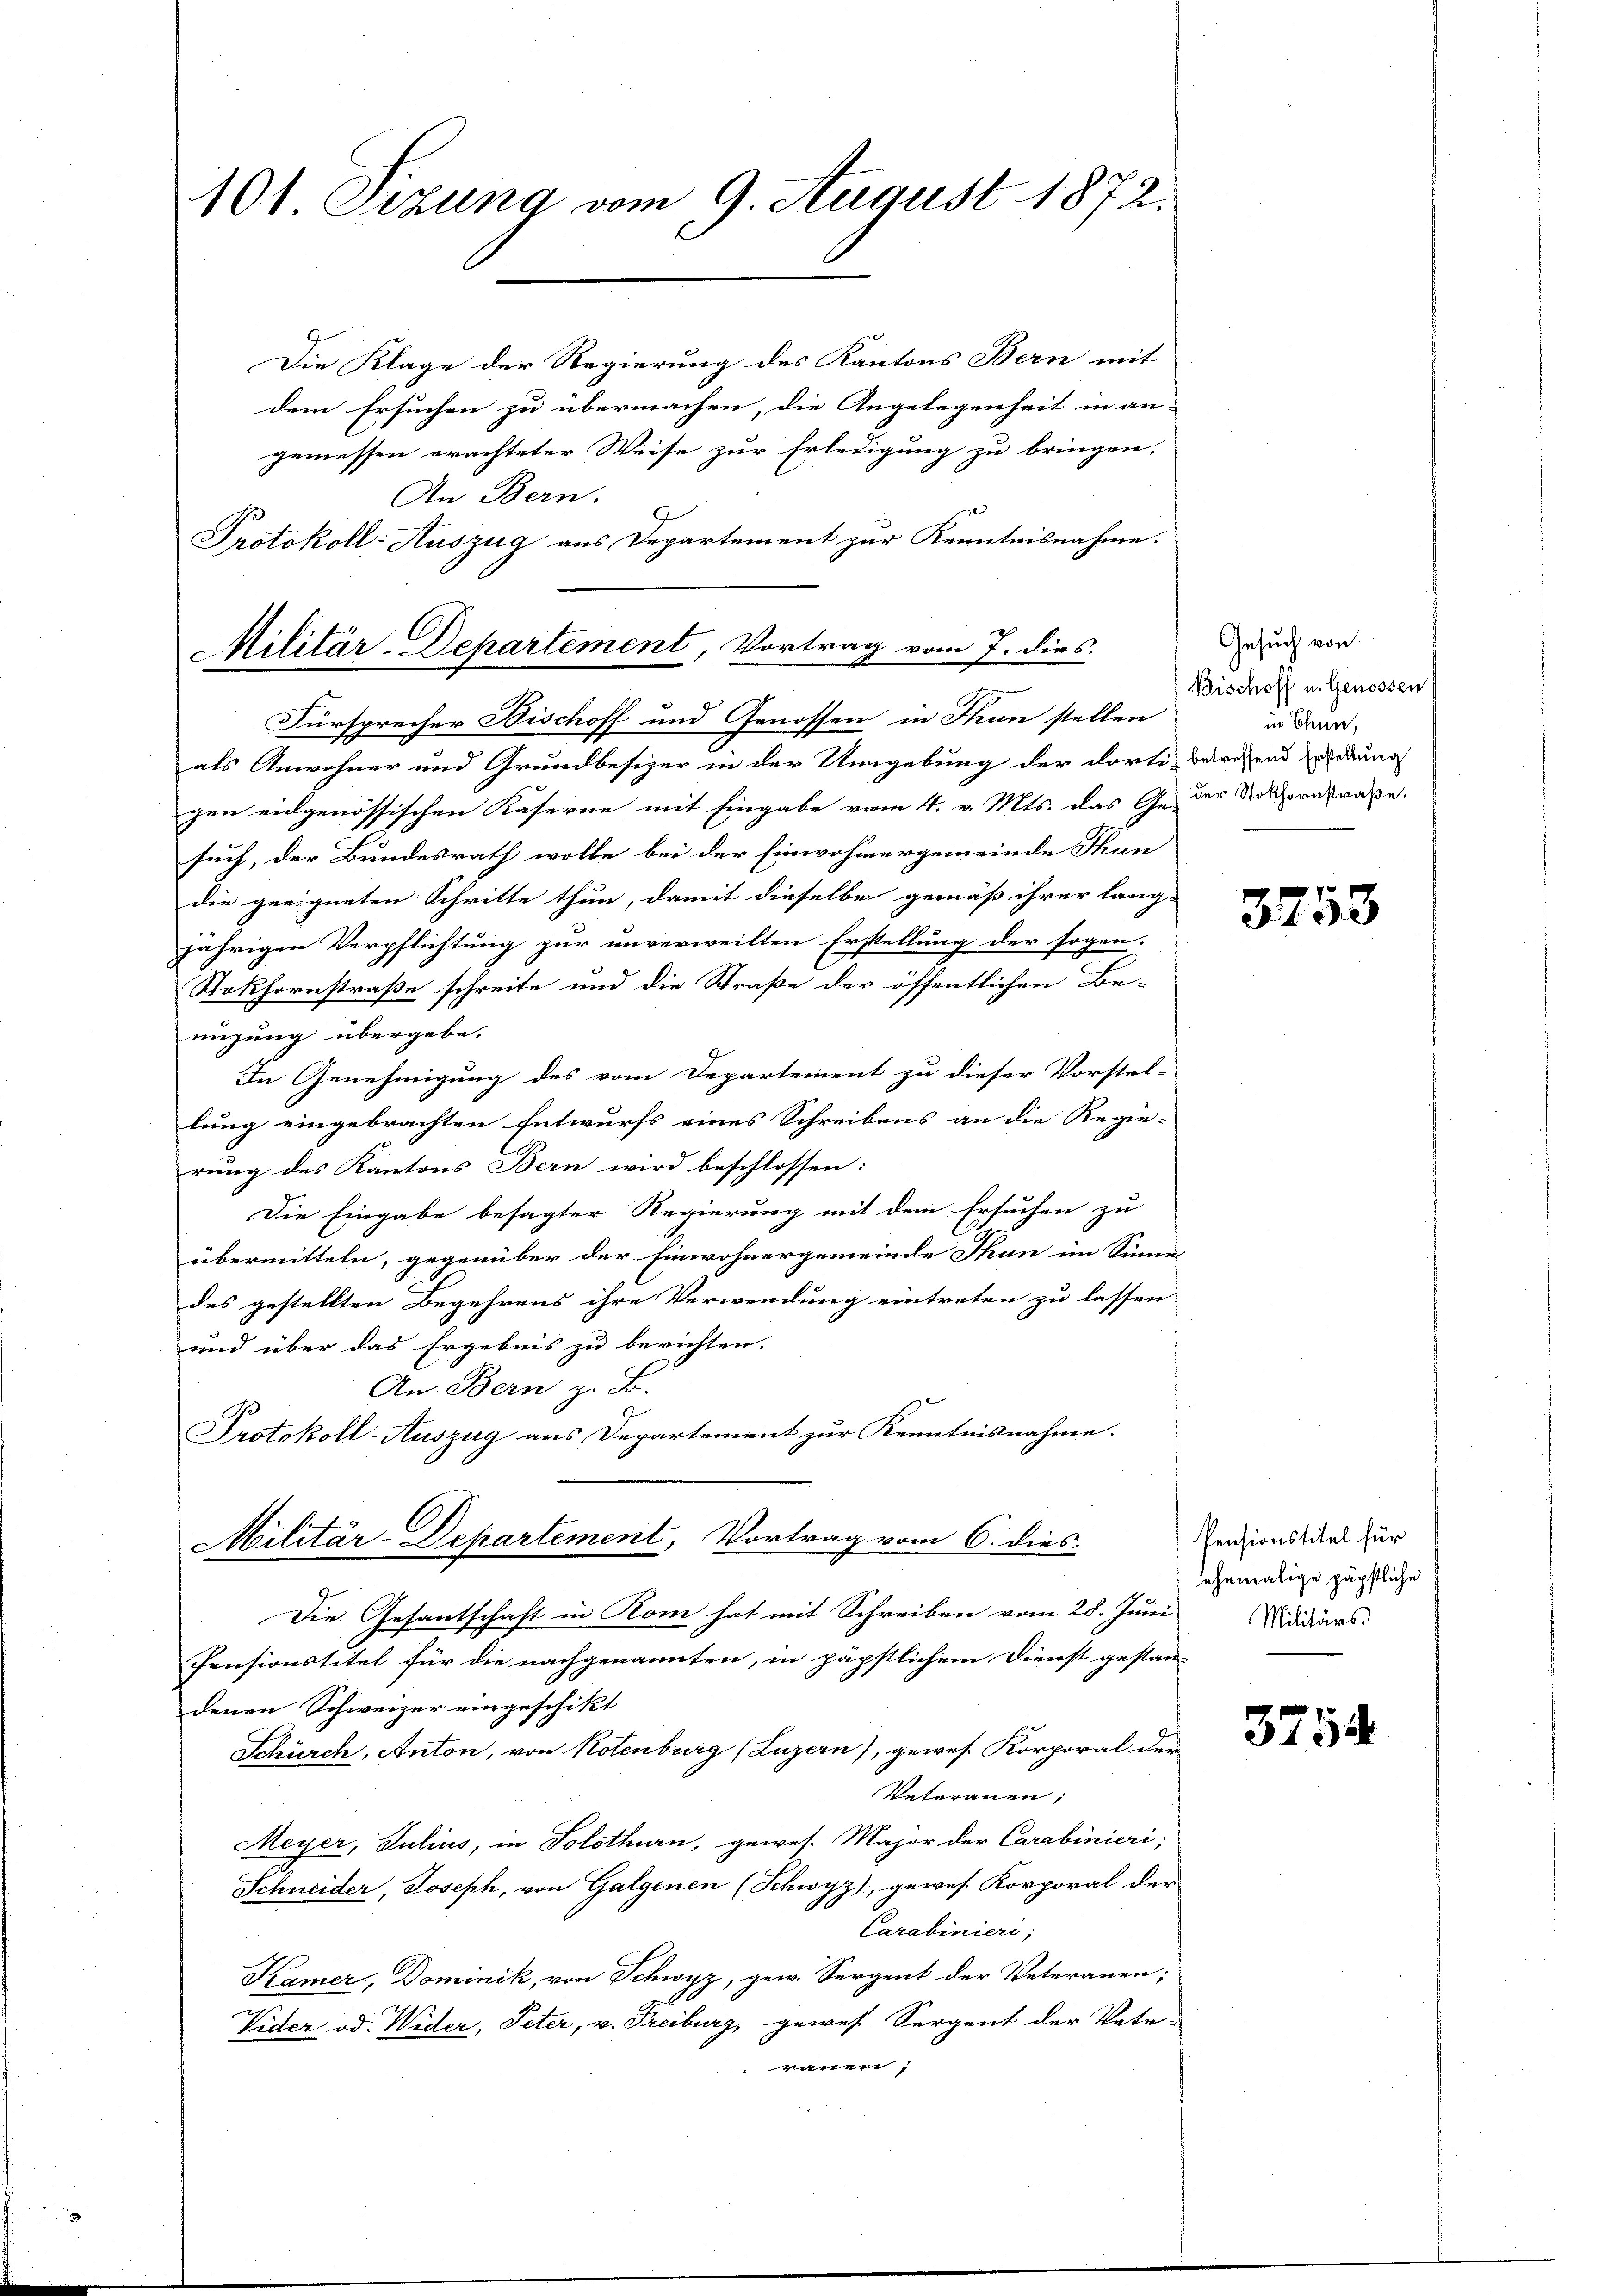
101 Sizung vom 9. August 1872.

Die Klage der Regierung des Kantons Bern mit
dem Ersuchen zu übermachen, die Angelegenheit in an-
gemessen erachteter Weise zur Erledigung zu bringen,
An Bern.
2
Protokoll- Auszug aus Departement zur Kenntnisnahme.
Fürsprecher Bischoff und Genossen in Thun stellen
als Anwohner und Grundbesizer in der Umgebung der dorti bewegend redung
gen eidgenössischen Kaserne mit Eingabe vom 4. v. Mts. das Ge- der Rothornstraße.
such, der Bundesrath wolle bei der Einwohnergemeinde Thun
die geeigneten Schritte thun, damit dieselbe gemäß ihrer lang-
jährigen Verpflichtung zur unverweilten Erstellung der sogen-
Stokhornstraße schreite und die Straße der öffentlichen Be-
nigung übergebe.
In Genehmigung des vom Departement zu dieser Vorstel-
lung eingebrachten Entwurfs eines Schreibens an die Regie-
rung des Kantons Bern wird beschlossen:
Die Eingabe besagter Regierung mit dem Ersuchen zu
übermitteln, gegenüber der Einwohnergemeinde Thun im Sinner
des gestellten Begehrens ihre Verwendung eintreten zu lassen
und über das Ergebnis zu berichten.
An. Bern z. B.
Protokoll-Auszug aus Departement zur Kenntnisnahme.
Militär-Departement, Vortrag vom 6. dies
Die Gesantschaft in Rom hat mit Schreiben vom 28. Juni
Pensionstitel für die nachgenannten, in päpstlichem Dienst gestan-
denen Schweizer eingeschikt
Schürch, Anton, von Kotenburg (Luzern), gewes. Korporal der
Veterauen;
Meyer, Julius, in Solothurn, gewes. Major der Carabinieri,
Schneider, Joseph, von Galgenen (Schwyz), gewes. Korporal der
Carabinieri,
Kamer, Dominik, von Schwyz, gew. Sergent der Veteranen;
Vider, od. Wider, Peter, v. Freiburg, gewes Sergent der Vetr.
rauen,

Militär-Departement, Vortrag vom 7. dies

Gesuch von
Bischoff u. Genossen
in Chenne,

3753

Pensionstitel für
ehemalige päpstliche
Militärs.

3758